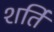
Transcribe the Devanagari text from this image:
शर्ति